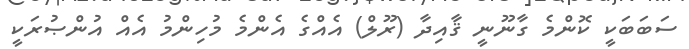
ސަބަބަކީ ކޮންމެ ގާނޫނީ ޤާއިދާ (ރޫލް) އެއްގެ އެންމެ މުހިންމު އެއް އުންޞުރަކީ